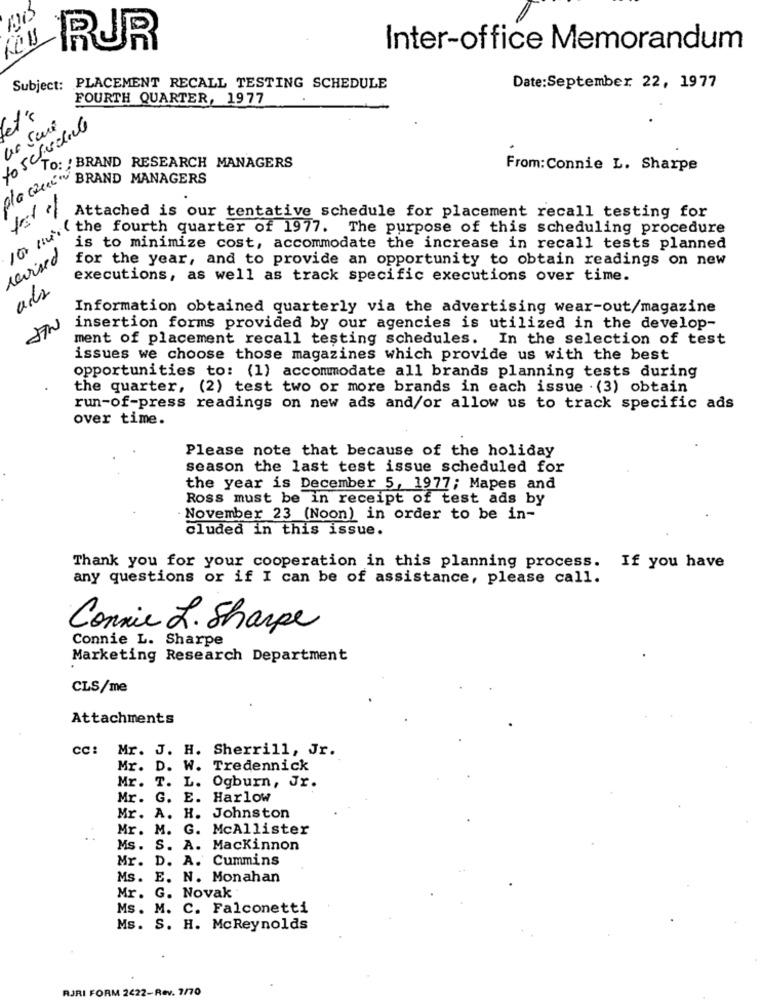
RUR
Inter-office Memorandum
Subject: PLACEMENT RECALL TESTING SCHEDULE
Date:September 22, 1977
FOURTH QUARTER, 1977
to schedule
To: : BRAND RESEARCH MANAGERS
From:Connie L. Sharpe
da club" BRAND MANAGERS
Attached is our tentative schedule for placement recall testing for
when the fourth quarter of 1977. The purpose of this scheduling procedure
is to minimize cost, accommodate the increase in recall tests planned
revised
for the year, and to provide an opportunity to obtain readings on new
executions, as well as track specific executions over time.
ads
Information obtained quarterly via the advertising wear-out/magazine
insertion forms provided by our agencies is utilized in the develop-
ment of placement recall testing schedules. In the selection of test
issues we choose those magazines which provide us with the best
opportunities to: (1) accommodate all brands planning tests during
the quarter, (2) test two or more brands in each issue . (3) obtain
run-of-press readings on new ads and/or allow us to track specific ads
over time.
Please note that because of the holiday
season the last test issue scheduled for
the year is December 5, 1977; Mapes and
Ross must be in receipt of test ads by
November 23 (Noon) in order to be in-
cluded in this issue.
Thank you for your cooperation in this planning process. If you have
any questions or if I can be of assistance, please call.
Connie L. Sharpe
Connie L. Sharpe
Marketing Research Department
CLS/me
Attachments
cc: Mr. J. H. Sherrill, Jr.
Mr. D. W. Tredennick
Mr. T. L. Ogburn, Jr.
Mr. G.
E. Harlow
Mr. A.
H. Johnston
Mr. M.
G. McAllister
Ms. S. A. Mackinnon
Mr.
D. A. Cummins
Ms. E. N. Monahan
Mr. G. Novak
Ms. M. C. Falconetti
Ms. S. H. McReynolds
RJRI FORM 2422-Rev. 7/70